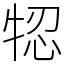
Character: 㸾